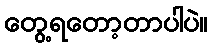
တွေ့ရတော့တာပါပဲ။